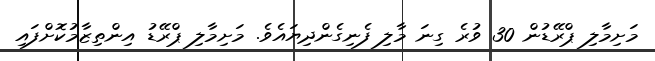
މަށިމާލި ޕްރޭޑުން 30 ވުރެ ގިނަ މާލި ފެނިގެންދިޔައެވެ. މަށިމާލި ޕްރޭޑު އިންތިޒާމުކޮށްފައި